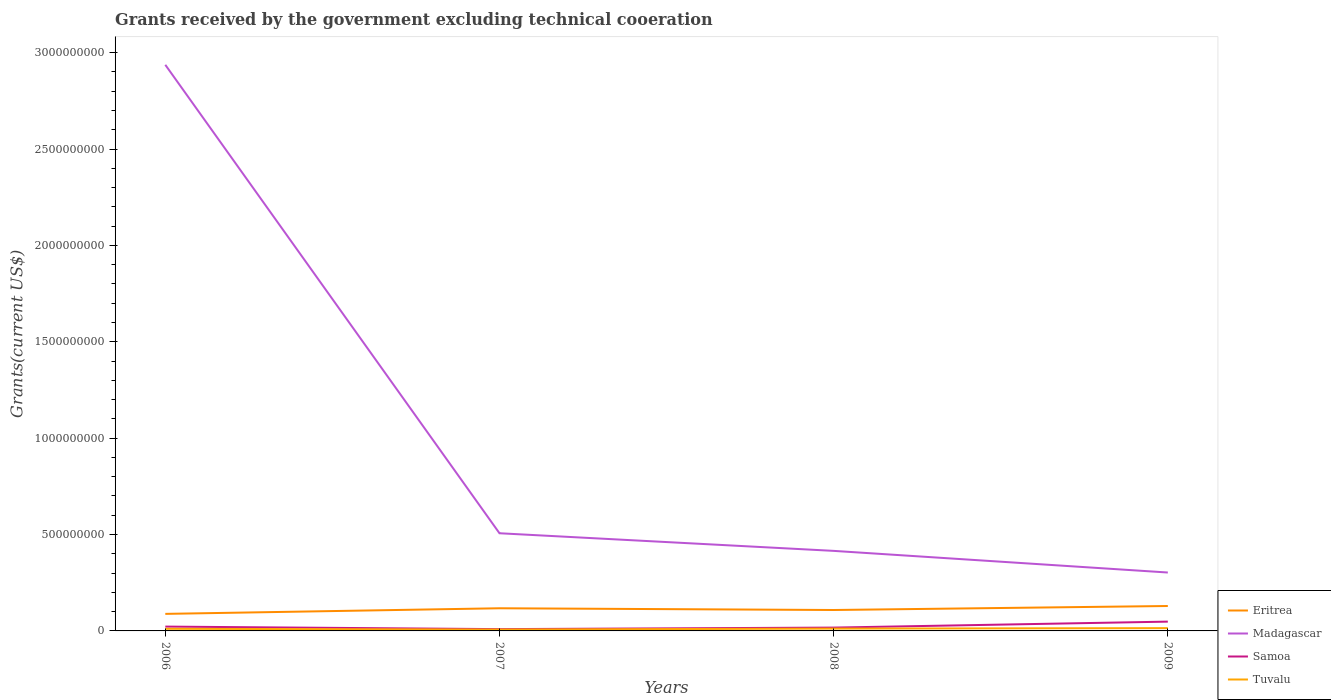
| Years | Eritrea | Madagascar | Samoa | Tuvalu |
 | --- | --- | --- | --- | --- |
 | 2006 | 8.85e+07 | 2.94e+09 | 2.25e+07 | 1.11e+07 |
 | 2007 | 1.18e+08 | 5.07e+08 | 9.34e+06 | 7.21e+06 |
 | 2008 | 1.09e+08 | 4.15e+08 | 1.72e+07 | 1.2e+07 |
 | 2009 | 1.29e+08 | 3.03e+08 | 4.82e+07 | 1.44e+07 |